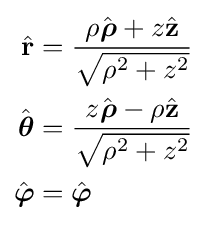
{\begin{aligned}{\hat {\mathbf {r} }}&={\frac {\rho {\hat {\boldsymbol {\rho }}}+z{\hat {\mathbf {z} }}}{\sqrt {\rho ^{2}+z^{2}}}}\\{\hat {\boldsymbol {\theta }}}&={\frac {z{\hat {\boldsymbol {\rho }}}-\rho {\hat {\mathbf {z} }}}{\sqrt {\rho ^{2}+z^{2}}}}\\{\hat {\boldsymbol {\varphi }}}&={\hat {\boldsymbol {\varphi }}}\end{aligned}}